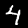
Label: 4